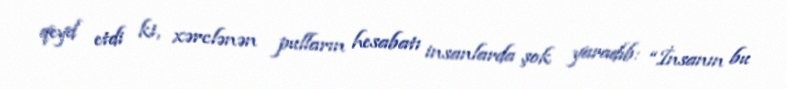
qeyd etdi ki, xərclənən pulların hesabatı insanlarda şok yaradıb: “İnsanın bu